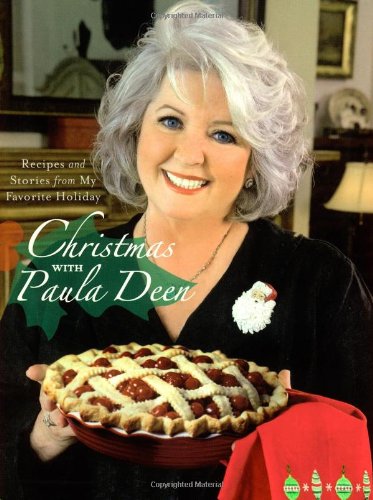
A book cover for Christmas with Paula Deen: Recipes and Stories from My Favorite Holiday; Paula Deen; Cookbooks, Food & Wine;